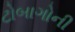
ટોબાગોની